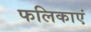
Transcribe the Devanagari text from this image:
फलिकाएं